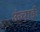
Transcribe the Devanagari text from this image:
ऊंचाईः